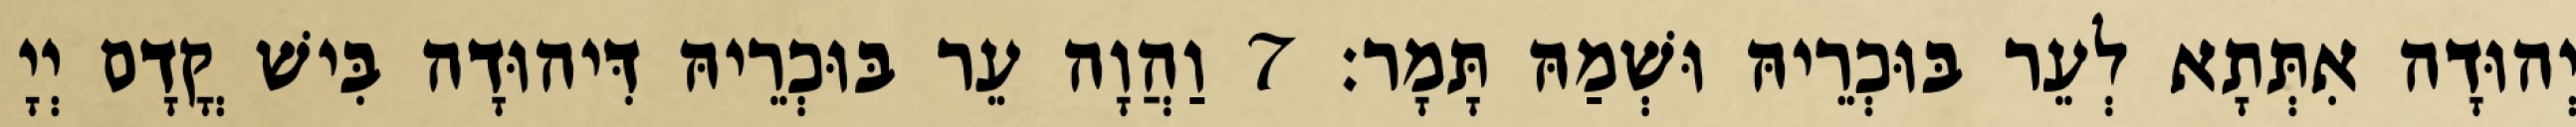
יְהוּדָה אִתְּתָא לְעֵר בּוּכְרֵיהּ וּשְׁמַהּ תָּמָר׃ 7 וַהֲוָה עֵר בּוּכְרֵיהּ דִּיהוּדָה בִּישׁ קֳדָם יְיָ